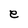
Character: e